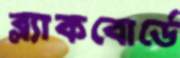
ব্ল্যাকবোর্ডে